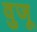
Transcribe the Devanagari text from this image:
वुजू